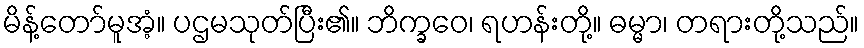
မိန့်တော်မူအံ့။ ပဌမသုတ်ပြီး၏။ ဘိက္ခဝေ၊ ရဟန်းတို့။ ဓမ္မာ၊ တရားတို့သည်။